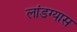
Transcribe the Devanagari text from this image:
लांडग्यास